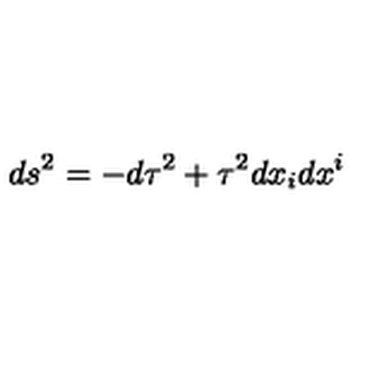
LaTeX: d s ^ { 2 } = - d \tau ^ { 2 } + \tau ^ { 2 } d x _ { i } d x ^ { i }